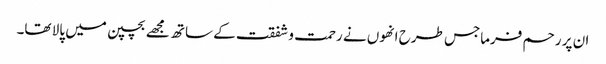
ان پر رحم فرماجس طرح انھوں نے رحمت و شفقت کے ساتھ مجھے بچپن میں پالا تھا۔